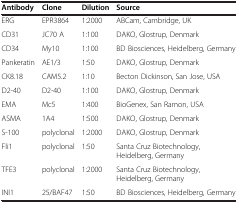
<table><thead><tr><td><b>Antibody</b></td><td><b>Clone</b></td><td><b>Dilution</b></td><td><b>Source</b></td></tr></thead><tbody><tr><td>ERG</td><td>EPR3864</td><td>1:2000</td><td>ABCam, Cambridge, UK</td></tr><tr><td>CD31</td><td>JC70 A</td><td>1:100</td><td>DAKO, Glostrup, Denmark</td></tr><tr><td>CD34</td><td>My10</td><td>1:100</td><td>BD Biosciences, Heidelberg, Germany</td></tr><tr><td>Pankeratin</td><td>AE1/3</td><td>1:50</td><td>DAKO, Glostrup, Denmark</td></tr><tr><td>CK8.18</td><td>CAM5.2</td><td>1:10</td><td>Becton Dickinson, San Jose, USA</td></tr><tr><td>D2-40</td><td>D2-40</td><td>1:100</td><td>DAKO, Glostrup, Denmark</td></tr><tr><td>EMA</td><td>Mc5</td><td>1:400</td><td>BioGenex, San Ramon, USA</td></tr><tr><td>ASMA</td><td>1A4</td><td>1:500</td><td>DAKO, Glostrup, Denmark</td></tr><tr><td>S-100</td><td>polyclonal</td><td>1:2000</td><td>DAKO, Glostrup, Denmark</td></tr><tr><td>Fli1</td><td>polyclonal</td><td>1:50</td><td>Santa Cruz Biotechnology, Heidelberg, Germany</td></tr><tr><td>TFE3</td><td>polyclonal</td><td>1:2000</td><td>Santa Cruz Biotechnology, Heidelberg, Germany</td></tr><tr><td>INI1</td><td>25/BAF47</td><td>1:50</td><td>BD Biosciences, Heidelberg, Germany</td></tr></tbody></table>